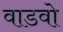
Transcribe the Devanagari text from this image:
वाडवो